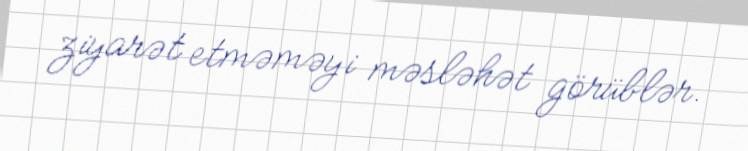
ziyarət etməməyi məsləhət görüblər.